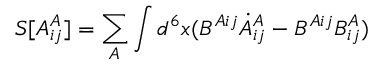
S [ A _ { i j } ^ { A } ] = \sum _ { A } \int d ^ { 6 } x ( B ^ { A i j } \dot { A } _ { i j } ^ { A } - B ^ { A i j } B _ { i j } ^ { A } )